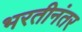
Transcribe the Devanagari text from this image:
भरतीनंतर